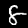
Digit: 8